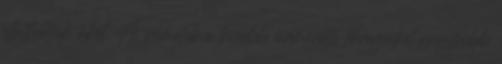
elláthatták őket. A németek a kisebb űrméretű lövegeiket nagyobb